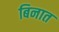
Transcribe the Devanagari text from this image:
बिनात